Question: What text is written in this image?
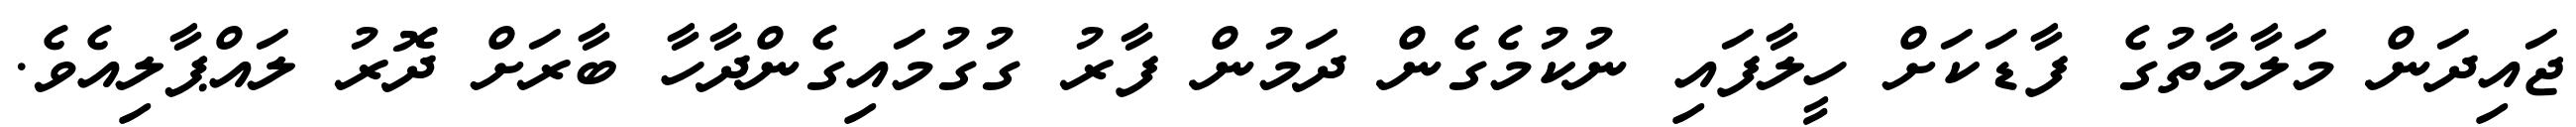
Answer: ޖައިދަން މަލާމާތުގެ ފާޑަކަށް ހީލާފައި ނުކުމެގެން ދަމުން ފާރު ގުގުމައިގެންދާހާ ބާރަށް ދޮރު ލައްޕާލިއެވެ.